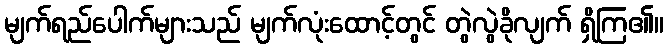
မျက်ရည်ပေါက်များသည် မျက်လုံးထောင့်တွင် တွဲလွဲခိုလျက် ရှိကြ၏။